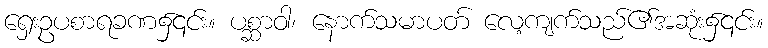
ရှေးဥပစာရခဏ၌၎င်း။ ပစ္ဆာဝါ၊ နောက်သမာပတ် လေ့ကျက်သည်၏အဆုံး၌၎င်း။